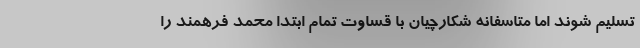
تسلیم شوند اما متاسفانه شکارچیان با قساوت تمام ابتدا محمد فرهمند را